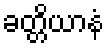
ခတ္တိယာနံ